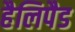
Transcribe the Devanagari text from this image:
हैलिपैड